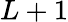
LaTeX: L+1